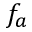
f _ { a }